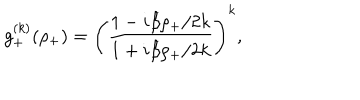
g _ { + } ^ { ( k ) } ( \rho _ { + } ) = \Biggl ( \frac { 1 - { i \beta \rho _ { + } } / { 2 k } } { 1 + { i \beta \rho _ { + } } / { 2 k } } \Biggr ) ^ { k } ,